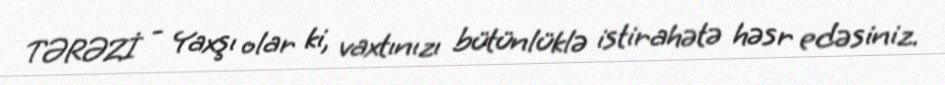
TƏRƏZİ - Yaxşı olar ki, vaxtınızı bütünlüklə istirahətə həsr edəsiniz.